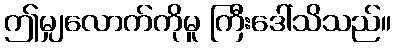
ဤမျှလောက်ကိုမူ ကြီးဒေါ်သိသည်။